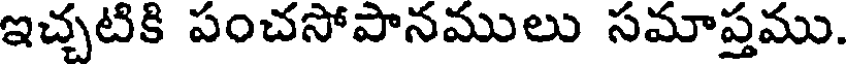
ఇచ్చటికి పంచసోపానములు సమాప్తము.